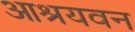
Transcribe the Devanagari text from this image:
आश्रयवन